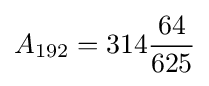
{}A_{192}=314{64 \over 625}